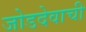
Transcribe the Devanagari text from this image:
जोडदेवाची